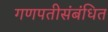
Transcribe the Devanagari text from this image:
गणपतीसंबंधित